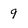
Character: 9